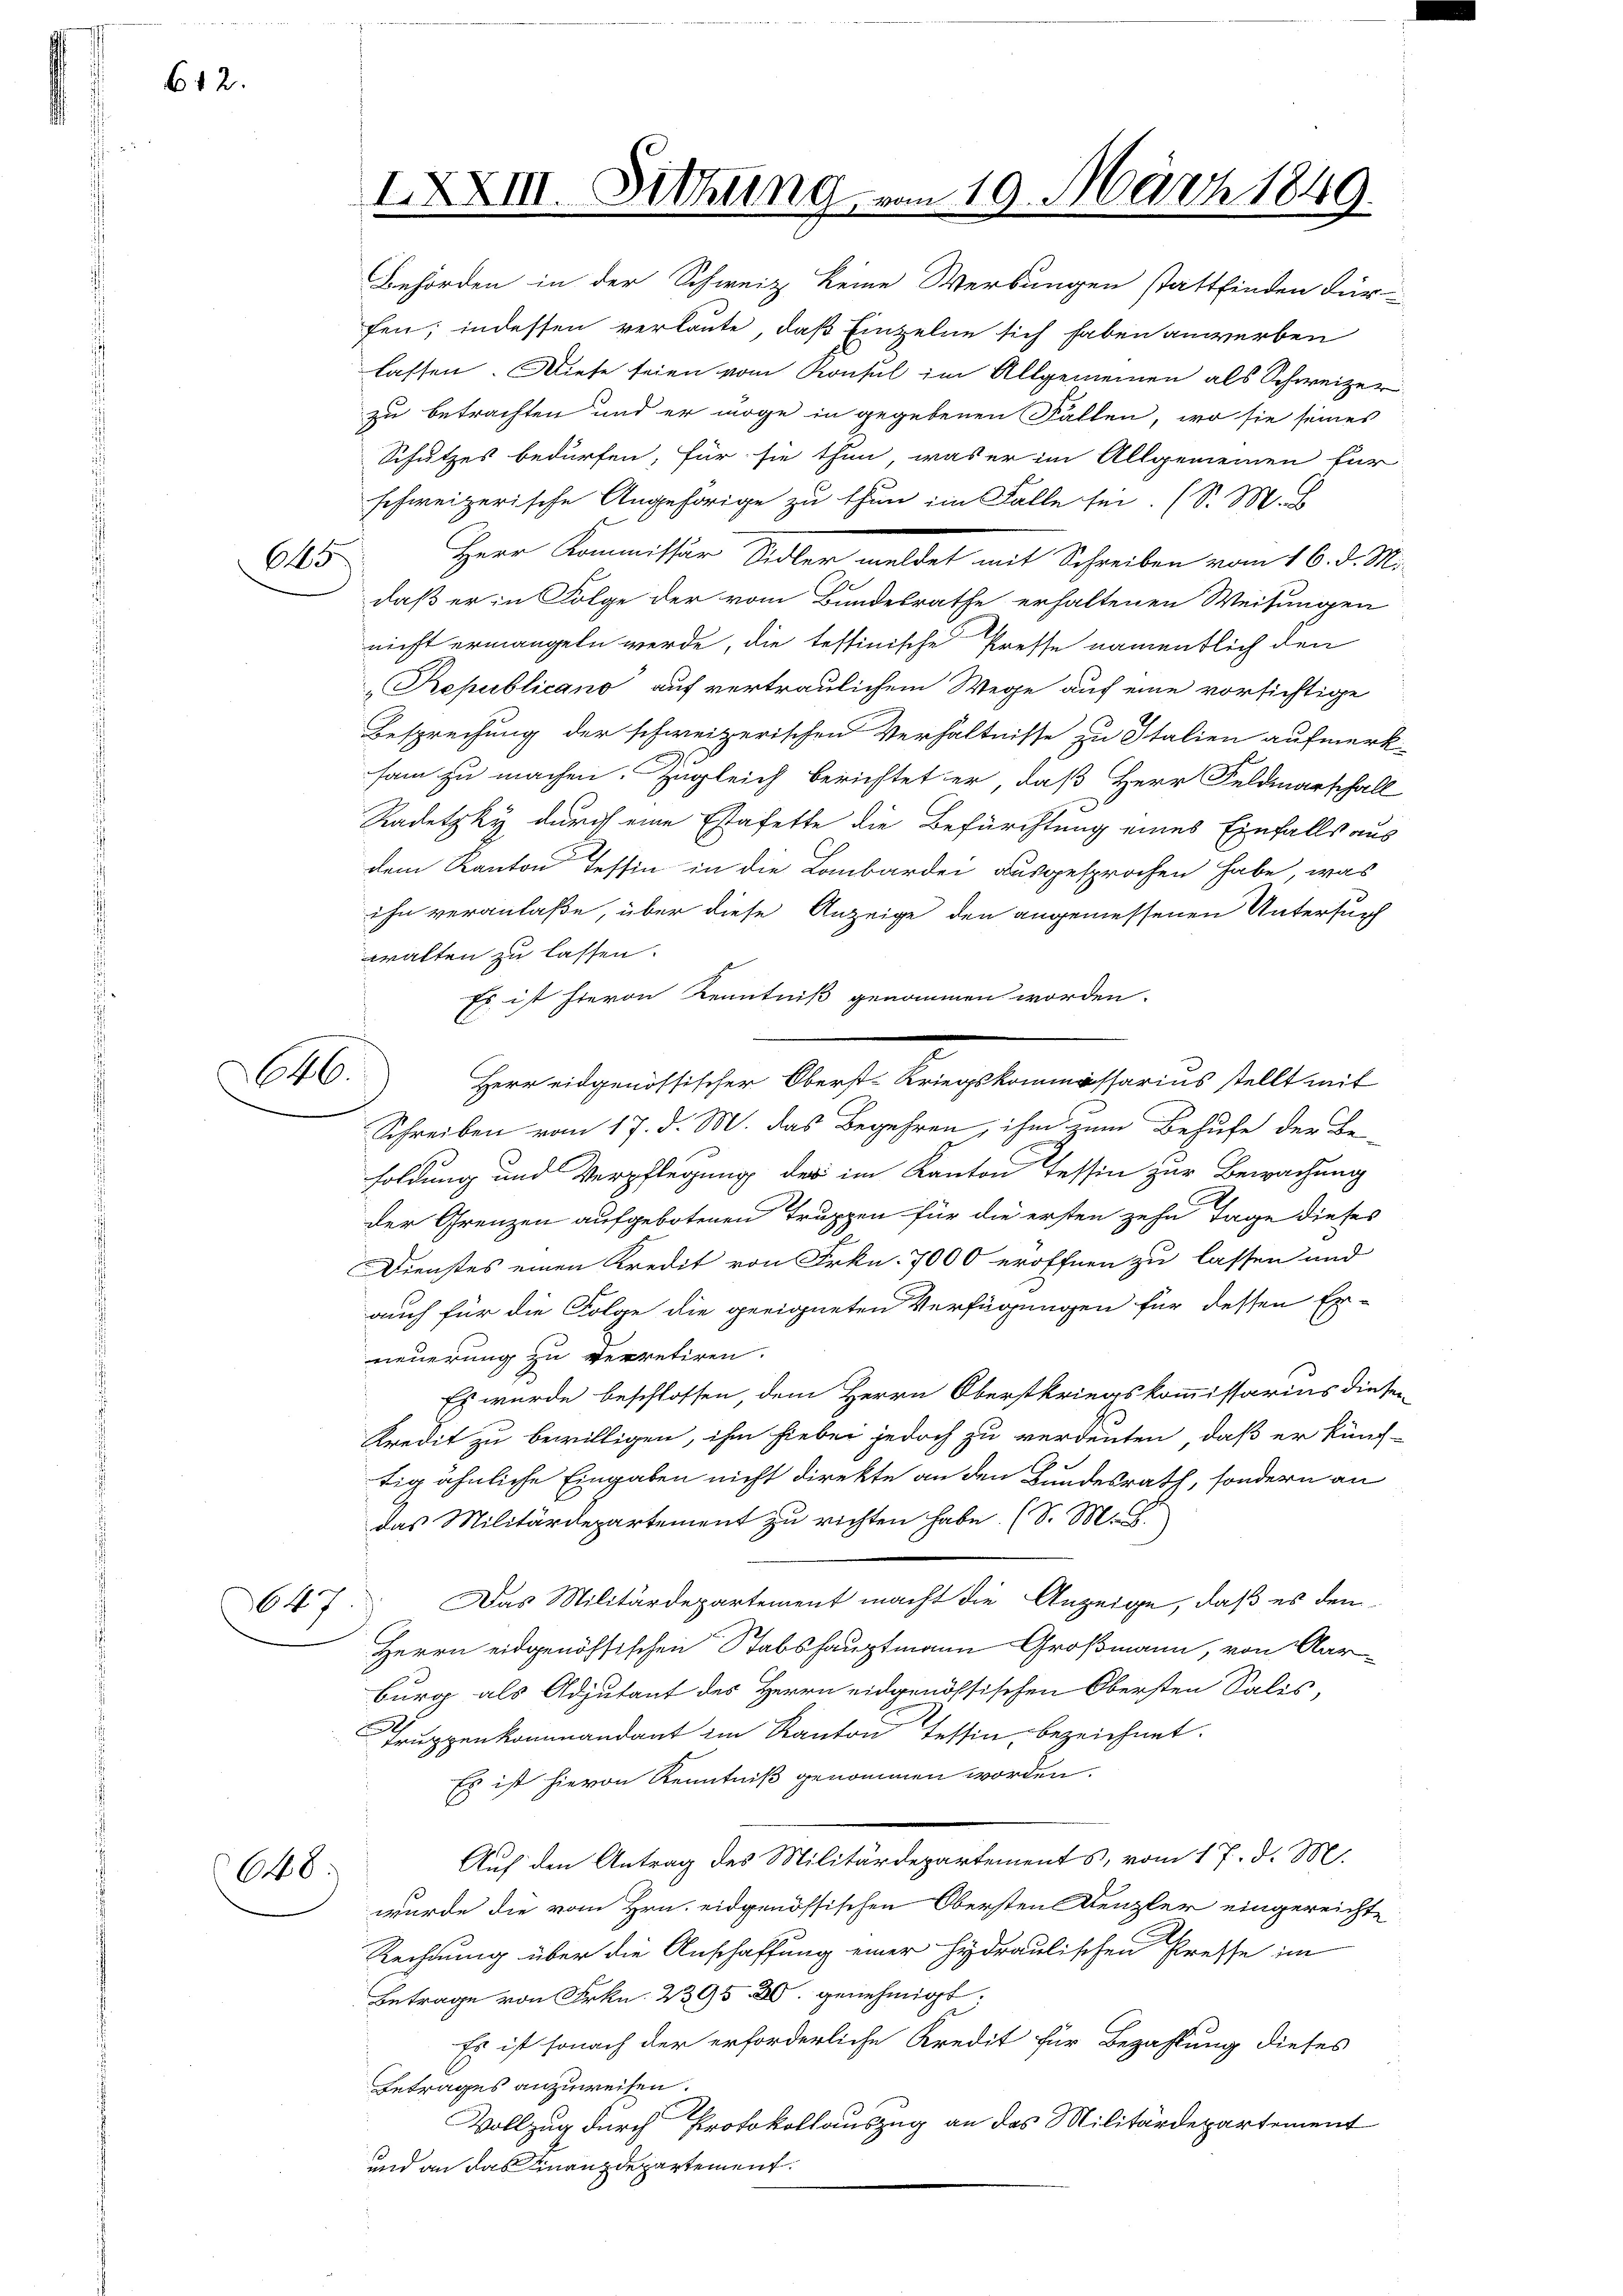
612.

645

46.

647

648.

Behörden in der Schweiz keine Werbungen stattfinden dür-
fen; indessen verlaute, daß Einzelne sich haben anwerben
lassen. Diese seien vom Konsul im Allgemeinen als Schweizer
zu betrachten und er möge in gegebenen Fallen, wo sie seines
Schutzes bedürfen, für sie thun, was er im Allgemeinen für
schweizerische Angehörige zu thun im Falle sei. (S. M.
Herr Kommissär Sidler meldet mit Schreiben vom 16. d. M.
daß er in Folge der vom Bundesrathe erhaltenen Weisungen
nicht ermangeln werde, die teffinische Presse namentlich den
Republicano auf vertraulichem Wege auf eine vorsichtige
Besprechung der schweizerischen Verhältnisse zu Italien aufmerk
sam zu machen. Zugleich berichtet er, daß Herr Feldmarschall
Radetzky durch eine Estafette die Befürchtung eines Einfalls aus
dem Kanton Tessin in die Lombardei ausgesprochen habe, was
ihn veranlaße, über diese Anzeige den angemessenen Untersuch
walten zu lassen.
Es ist hievon Kenntniß genommen worden.
Herr eidgenössischer Oberst-Kriegskommissarius stellt mit
Schreiben vom 17. d. M. das Begehren, ihm zum Behufe der Be-
soldung und Verpflegung des im Kanton Tessin zur Bewachung
der Grenzen aufgebotenen Truppen für die ersten zehn Tage dieses
Dienstes einen Kredit von Frkn. 7000 eröffnen zu lassen und
auch für die Folge die geeigneten Verfügungen für dessen Er-
neuerung zu verretiren.
 Es wurde beschlossen, dem Herrn Oberstkriegskommissarius dieser
Kredit zu bewilligen, ihm hiebei jedoch zu verdenten, daß er künf-
tig ähnliche Eingaben nicht direkte an den Bundesrath, sondern an
das Militärdepartement zu richten habe. (S. M. D.
Das Militärdepartement macht die Anzeige, daß es den¬
Herrn eidgenössischen Stabshauptmann Großmann, von Aarburg als Adjutant des Herrn eidgenössischen Obersten Salis
Truppenkommandant im Kanton Tessin, bezeichnet.
Es ist hievon Kenntniß genommen worden.
Auf den Antrag des Militärdepartements, vom 17. d. M.
wurde die vom Hrn. eidgenössischen Obersten Kenzler eingereichte
Rechnung über die Anschaffung einer Hydraulischen Presse im
Betrage von Frkn. 2395. 20. genehmigt.
Es ist sonach der erforderliche Kredit für Bezahlung dieses
Betrages anzuweisen.
Vollzug durch Protokollauszug an das Militärdepartement
und an das Finanzdepartement.

XXXIII.

Sitzung

vom 19. März 1849.